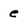
Character: e